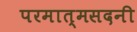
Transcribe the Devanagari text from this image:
परमात्मसदनी